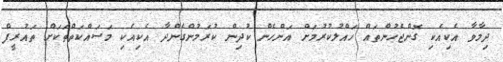
ދިމާވާ އެކިއެކި ގޮންޖެހުންތައް ހައްލުކުރުމަށް އަންހެން ކުދިން ކުރަމުންގެންދާ އެކިއެކި މަސައްކަތްތަކަށް ތައުރީފް